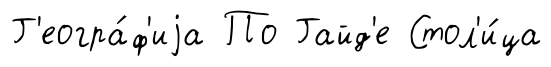
Г'еогра́ф'иjа По Гайд'е Стол'и́ца